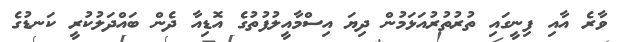
ވާރެ އާއި ފިނީގައި ތުރުތުރުއަޅަމުން ދިޔަ އިސްމާއީލުފުތުގެ އޮޑިއާ ދެން ބައްދަލުކުރީ ކަނޑުގެ